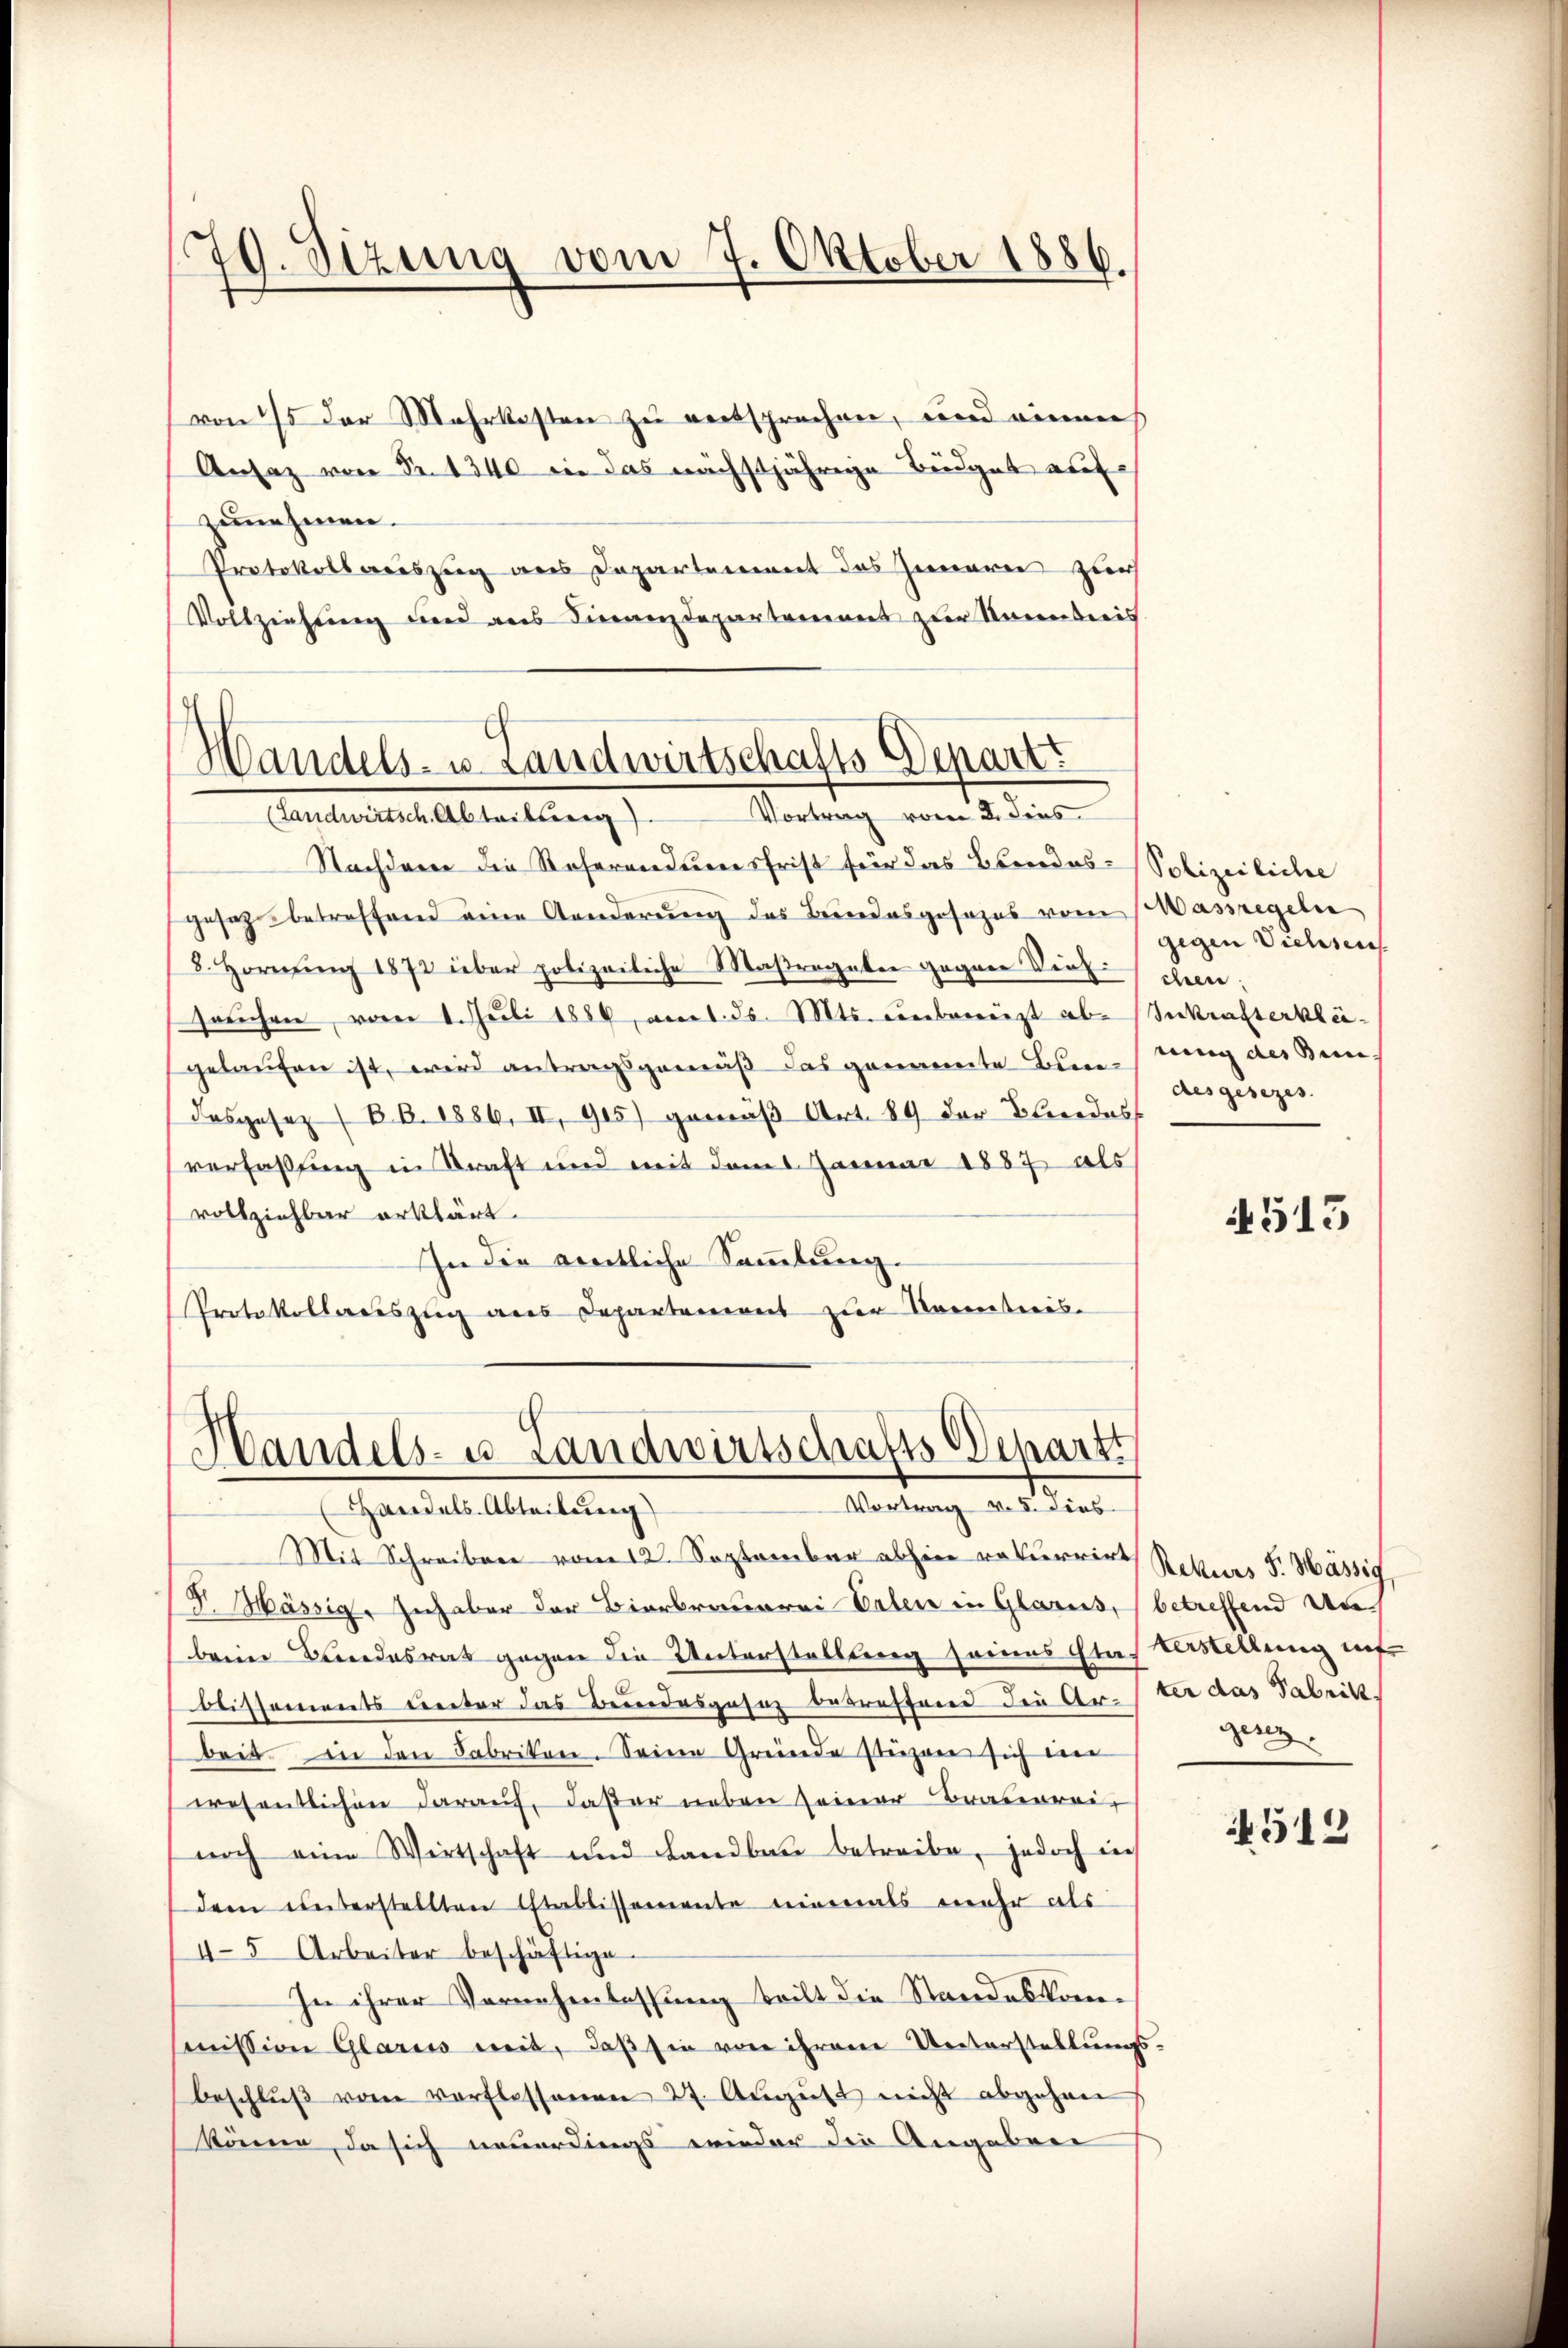
von 75 der Mehrkosten zu entsprechen, und einen
Ansaz von Nr. 1340 in das nächstjährige Büdget aufzunehmen.
Protokoll auszug aus Departement des Innern zur
Vollziehung und aus Finanzdepartareinert zur Neuenberis
.

79. Sizung vom 7. Oktober 1886.

Handels- u. Landwirtschafts Depart
Vortrag vom 2. dies
(Landwirtsch. Abteilung).

Nachdene die Referanderersfrist für das Ebendes-Polizeiliche
gesetz betreffend eine Aenderung des Bundesgesezes vom Massregeln
8. Hornung 1873 über polizeiliche Maßregeben gegene Dies
saŭchen, vom 1. Juli 1886, ammel. ds. Mts. unbenützt ab- Inkrafterkleigelaufen ist, wird antragsgemäß das genannte Bindung des Bundasgesez (B.B. 1886, II 915) gemäβ Art. 89 der Beredes
verfaßung in Kraft und mit dem Januar 1887 als
vollziehbar erklärt.
In die amtliche Sammlung.
Protokollariszug aus Departement zur Kometeris

Handels- u. Landwirtschafts Departi
Vortrag v. I. dies
Handels Abteilung

Mit Schreiben vom 12. September abhin rekurrirt Rekurs P. Mässig
J.Mässig. Inhaber der Bierbrauerei Orten in Glarus, (betreffend Anbeim Brandesrat gegen die Unterstellung seines Stastastellung inf
blissements unter das Bundesgesez betreffend die Arter aus Fabritt
beit. in den Fabriken. Seine Gründe stüzen sich im
wesentlichen darauf, daster neben seiner Brauereinoch eine Wirtschaft und Landbau betreibe, jedoch in
dem unterstellten Etablissemente niemals mehr als
45 Arbeiter beschäftige.
In ihrer Vernehmlassung teilt die Standeskommission Glarus mit, daß sie von ihrem Unterstellungsbeschlŭβ vom verflossenen 27. Aŭgŭst nicht abgehen
könen, da sich neuerdings wieder die Angaben

gegen Viehseu
chen.
des gesezes.

4515

genz

4513